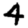
Digit: 4